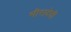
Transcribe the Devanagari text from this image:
मीरादेवी